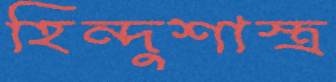
হিন্দুশাস্ত্র